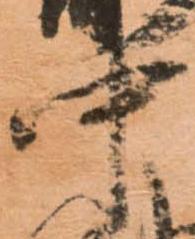
中